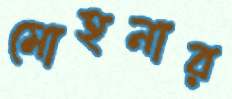
মোহনার